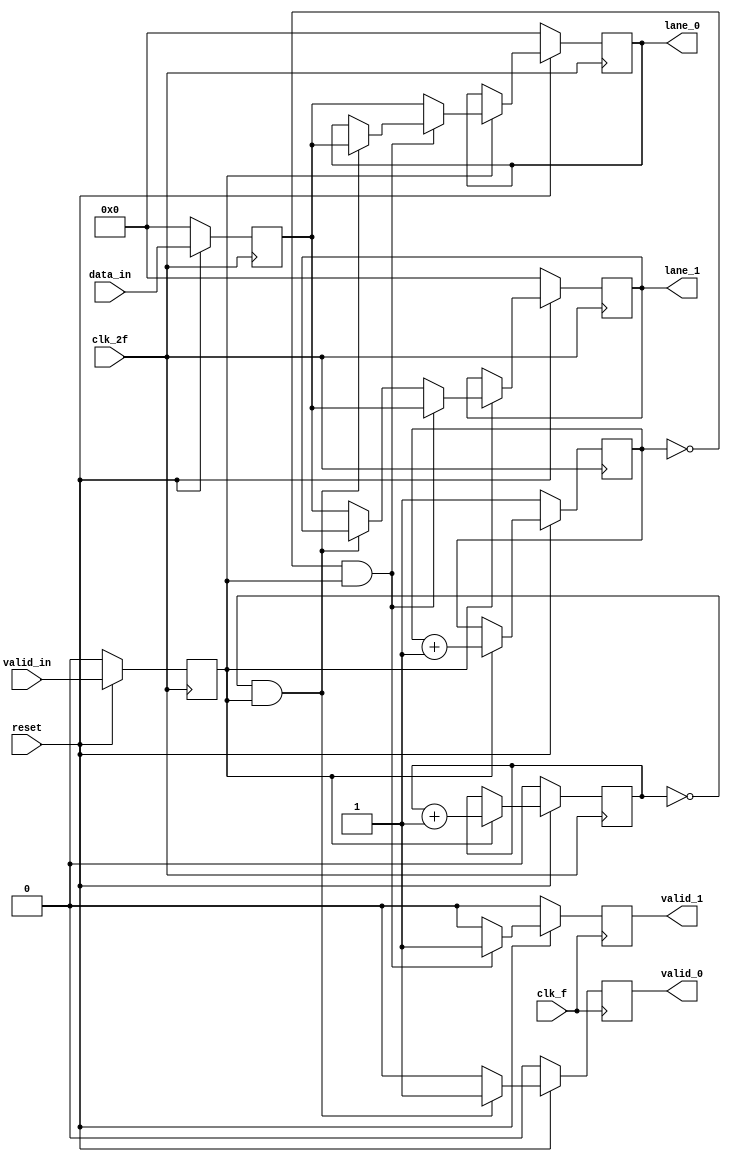
module byte_striping (
    input clk_2f,
    input clk_f,
    input valid_in,
    input [7:0]data_in,
    input reset,
    output reg [7:0] lane_0,
    output reg  [7:0]lane_1,
    output reg valid_0,
    output reg valid_1
);
    reg contador1, contador0, v_in;//, contadorv0, contadorv1;
    reg [7:0]in;
    always @(posedge clk_2f)begin
    if (!reset)begin
    v_in<=0;
    in<=0;
    end else begin
    v_in<=valid_in;
    in<=data_in;
    end
    end
    always @(negedge clk_f)begin 
   // if (lane_0!=in)
    //valid_0<=0;
    if (!reset) begin 
    valid_1<=0;
    end else begin
    if (lane_1!=in)
    valid_1<=0; 
    /*88else 
    valid_1<=1;*/
     if (contador1==0&&v_in==1)
    valid_1<=1;
    else 
    valid_1<=0;
    end
    end
    always @(posedge clk_f)begin 
    if (!reset) begin 
    valid_0<=0;  
    end else begin   
    if (lane_0!=in)
    valid_0<=0;
   /*888 else
    valid_0<=1;*/
     if (contador0==0&&v_in==1)
    valid_0<=1;
    else
    valid_0<=0;
    end
        end 
   always @(posedge clk_2f)begin
       if(!reset) begin
        contador0<=0;
        contador1<=1;
       lane_0<=0;
       lane_1<=0;
       // valid_0<=0;
        //valid_1<=0;
    //    contadorv0<=0;
      //  contadorv1<=1;
        end else begin
    if(v_in==1) begin
        if (contador0==0&&v_in==1) begin
        lane_0<=in;
        contador0<=contador0+1;
        contador1<=contador1+1;

       // valid_0<=1;
        //contadorv0<=contadorv0+1;
        //contadorv1<=contadorv1+1;
       // if (contadorv1==1)
        //  valid_1<=0;
      end else begin
        lane_1<=in;
        contador1<=contador1+1;
        contador0<=contador0+1;
       // valid_1<=1;
        //contadorv0<=contadorv0+1;
      //  contadorv1<=contadorv1+1;
    //    if (contadorv0==0)
      //    valid_0<=0;
        end
        if (contador1==0&&v_in==1) begin
        lane_1<=in;
        contador1<=contador1+1;
        contador0<=contador0+1;
      //  valid_1<=1;
        //contadorv0<=contadorv0+1;
       // contadorv1<=contadorv1+1;
     //   if (contadorv0==0)
       //   valid_0<=0;
        end else begin
        lane_0<=in;
        contador0<=contador0+1;
        contador1<=contador1+1;
       // valid_0<=1;
      //sss  contadorv0<=contadorv0+1;
      //  contadorv1<=contadorv1+1;
     // if (contadorv1==1)
       // valid_1<=0;
        end/*
       end else begin
        if (contadorv0==0)
    valid_0<=0;
        if (contadorv1==1)
    valid_1<=0;
*/
        end
    end
   end
endmodule